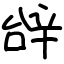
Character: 辝